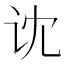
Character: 𰵒